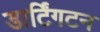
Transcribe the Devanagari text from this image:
डार्टिंगटन